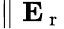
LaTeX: \parallel\mathbf{E}_{\mathrm{~r~}}